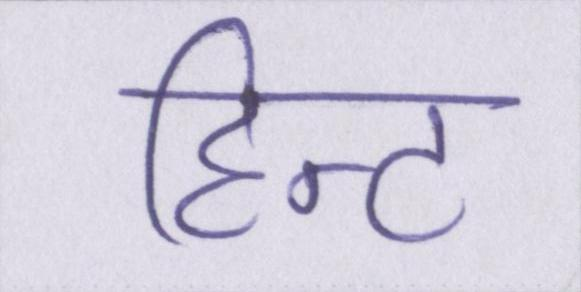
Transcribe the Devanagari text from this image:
हिन्ट